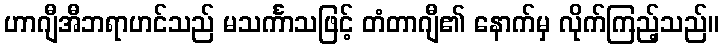
ဟာဂျီအီဘရာဟင်သည် မသင်္ကာသဖြင့် တံတာဂျီ၏ နောက်မှ လိုက်ကြည့်သည်။